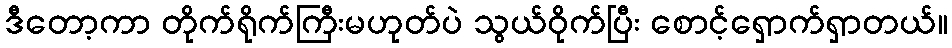
ဒီတော့ကာ တိုက်ရိုက်ကြီးမဟုတ်ပဲ သွယ်ဝိုက်ပြီး စောင့်ရှောက်ရှာတယ်။